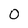
Character: 0